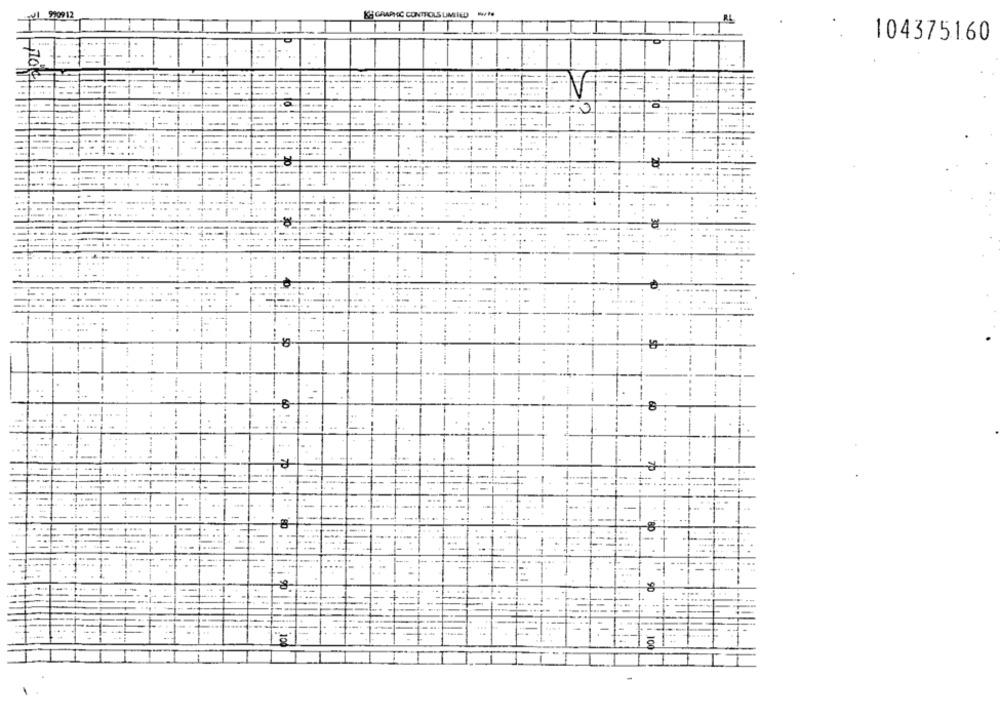
1 920912
KE GRAPHIC CONTROLS LIMITED 10/19
AL
104375160
41.
:٠٣
st
100